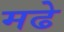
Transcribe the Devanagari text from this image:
मढे